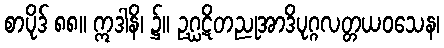
စာပိုဒ် ၈၈။ ဣဒါနိ၊ ၌။ ဥဂ္ဃဋိတညုအာဒိပုဂ္ဂလတ္တယဝသေန၊